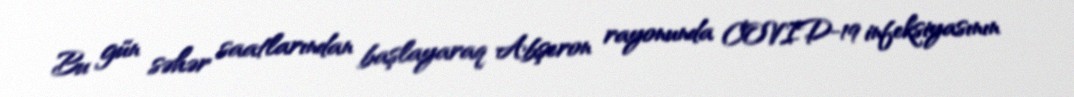
Bu gün səhər saatlarından başlayaraq Abşeron rayonunda COVID-19 infeksiyasının